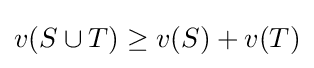
v(S\cup T)\geq v(S)+v(T)